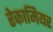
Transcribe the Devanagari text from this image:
रेकामियर